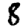
Digit: 8